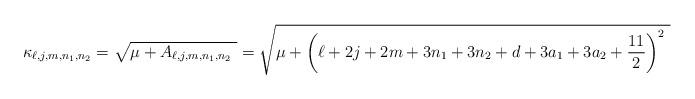
LaTeX: \begin{align*}\kappa _{\ell,j,m,n_1,n_2}=\sqrt{\mu +A_{\ell,j,m,n_1,n_2} \ }=\sqrt{\mu + \left(\ell+2j+2m+3n_1 + 3n_2+ d+3a_1+3a_2+\frac{11}{2}\right)^{2} \ }\end{align*}